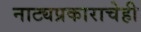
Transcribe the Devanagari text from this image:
नाट्यप्रकाराचेही